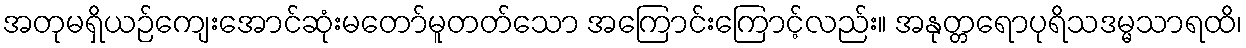
အတုမရှိယဉ်ကျေးအောင်ဆုံးမတော်မူတတ်သော အကြောင်းကြောင့်လည်း။ အနုတ္တရောပုရိသဒမ္မသာရထိ၊